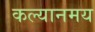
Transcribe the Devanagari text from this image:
कल्यानमय